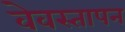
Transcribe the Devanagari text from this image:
वेवस्तापन